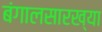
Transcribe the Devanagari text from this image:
बंगालसारख्या